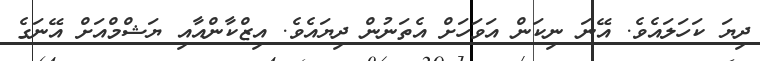
ދިޔަ ކަހަލައެވެ. އޭނަ ނިކަން އަވަހަށް އެތަނުން ދިޔައެވެ. އިޒްކާންއާއި ޔަޝްމްއަށް އޭނަގެ